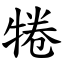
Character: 犈